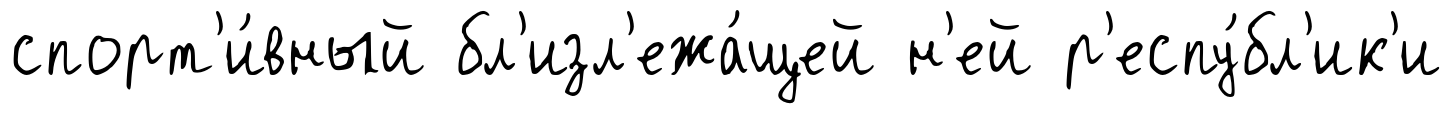
спорт'и́вный бл'изл'ежа́щей н'ей р'еспу́бл'ик'и